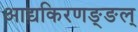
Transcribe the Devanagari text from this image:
आद्यकिरणङ्ङल्